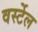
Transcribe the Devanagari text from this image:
वर्स्टेल